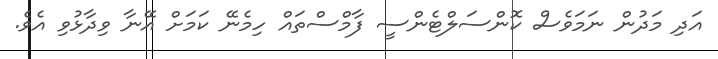
އަދި މަދުން ނަމަވެސް ކޮންސަލްޓެންސީ ފާމްސްތައް ހިމެނޭ ކަމަށް އޭނާ ވިދާޅުވި އެވެ.